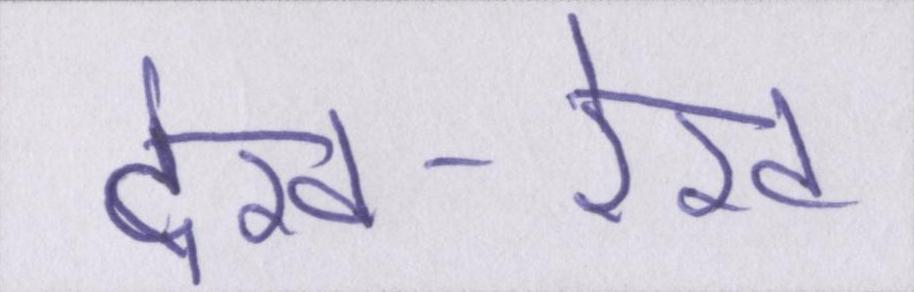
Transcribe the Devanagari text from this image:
देख-रेख